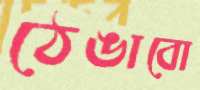
ঠেঙাবো